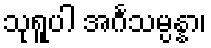
သုရူပါ အင်္ဂသမ္ပန္နာ၊